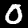
Digit: 0